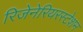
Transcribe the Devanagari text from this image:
रिजेनेरियरस्टेशन